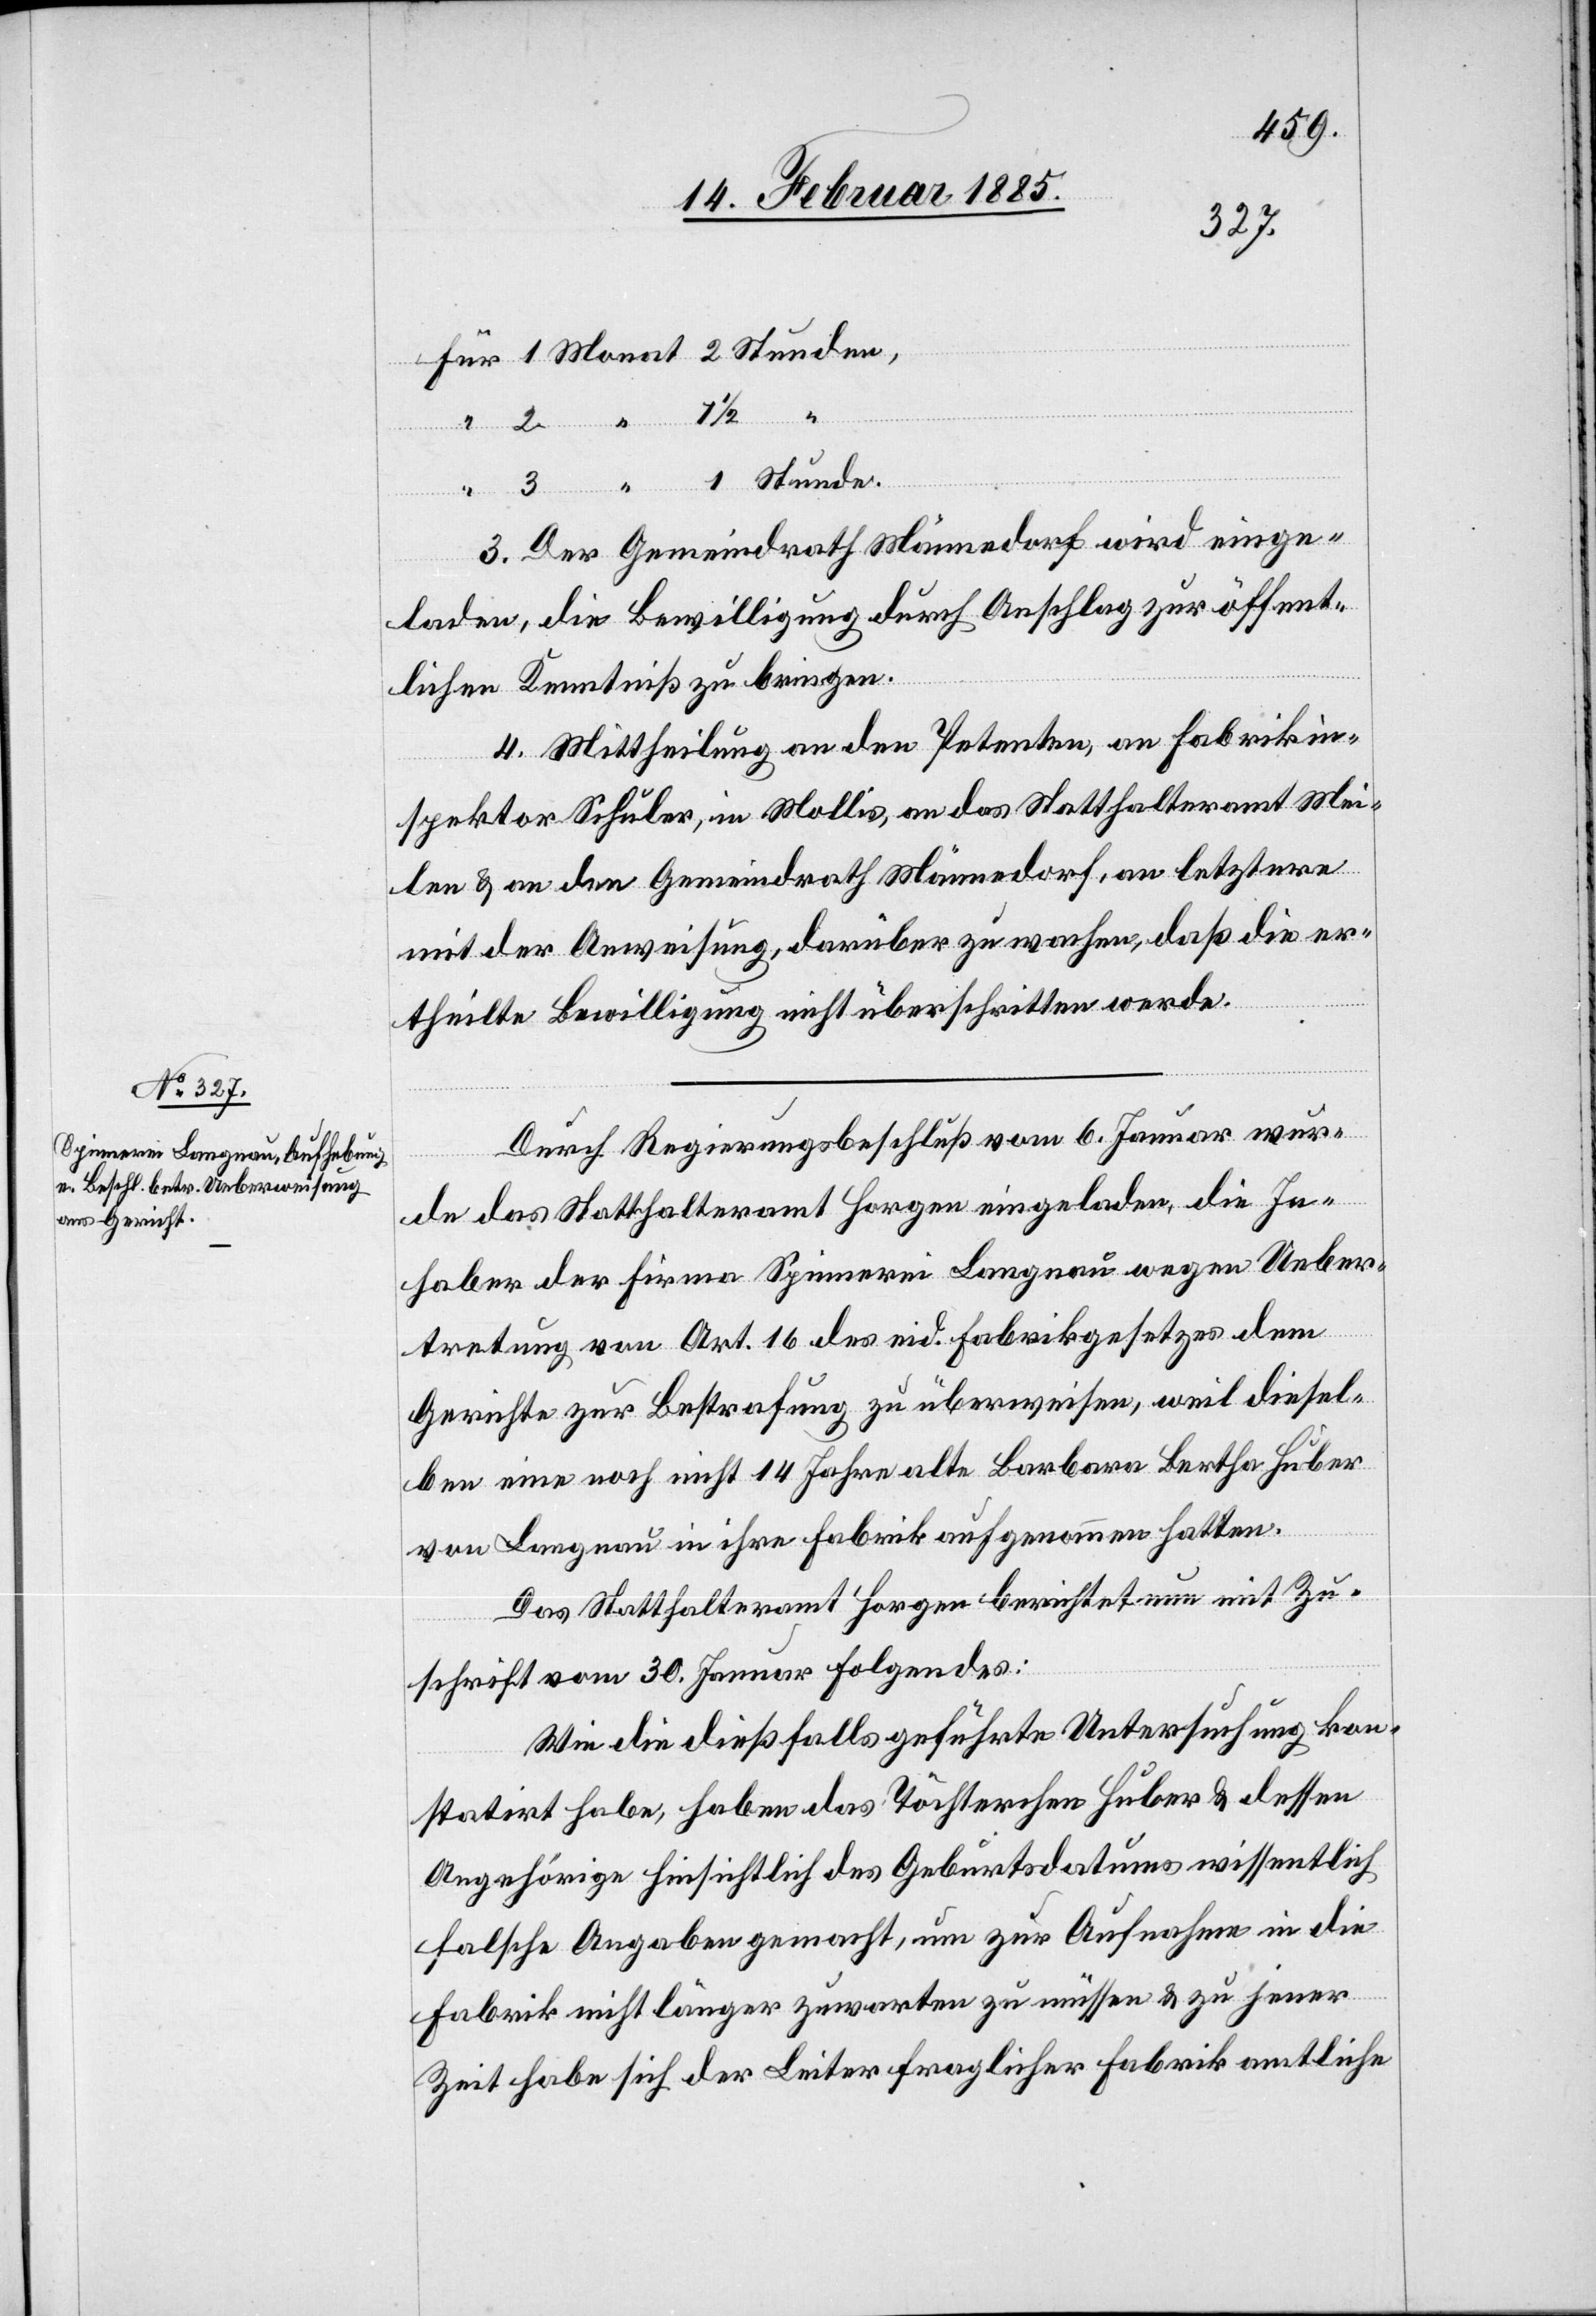
Für 1 Monat 2 Stunden,
30.
vom
“
“ 3 “ 1 Stunde.
3. Der Gemeindrath Männedorf wird einge¬
laden, die Bewilligung durch Anschlag zur öffent¬
lichen Kenntniß zu bringen.
4. Mittheilung an den Petenten, an Fabrikin¬
spektor Schuler, in Mollis, an das Statthalteramt Mei¬
len & an den Gemeindrath Männedorf, an letztere
mit der Anweisung, darüber zu wachen, daß die er¬
theilte Bewilligung nicht überschritten werde.
Durch Regierungsbeschluß vom 6. Januar wur¬
folgendes:
de das Statthalteramt Horgen eingeladen, die In¬
haber der Firma Spinnerei Langnau wegen Ueber¬
tretung von Art. 16 des eid. Fabrikgesetzes dem
Gerichte zur Bestrafung zu überweisen, weil diesel¬
ben eine noch nicht 14 Jahre alte Barbara Bertha Huber
von Langnau in ihre Fabrik aufgenommen hatten.
Das Statthalteramt Horgen berichtet nun mit Zu¬
Wie die dießfalls geführte Untersuchung kon¬
statirt habe, haben das Töchterchen Huber & dessen
Angehörige hinsichtlich des Geburtsdatums wissentlich
falsche Angaben gemacht, um zur Aufnahme in die
Fabrik nicht länger zuwarten zu müssen & zu jener
Zeit habe sich der Leiter fraglicher Fabrik amtliche